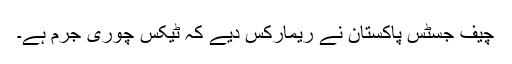
چیف جسٹس پاکستان نے ریمارکس دیے کہ ٹیکس چوری جرم ہے۔